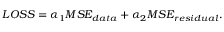
\begin{array} { r } { L O S S = \alpha _ { 1 } M S E _ { d a t a } + \alpha _ { 2 } M S E _ { r e s i d u a l } . } \end{array}